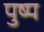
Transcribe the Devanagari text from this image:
पुष्प